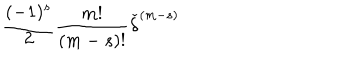
\frac { ( - 1 ) ^ { s } } { 2 } \frac { m ! } { ( m - s ) ! } { \check { \delta } } ^ { ( m - s ) }